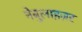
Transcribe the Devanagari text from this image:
नेबुलाइज़र